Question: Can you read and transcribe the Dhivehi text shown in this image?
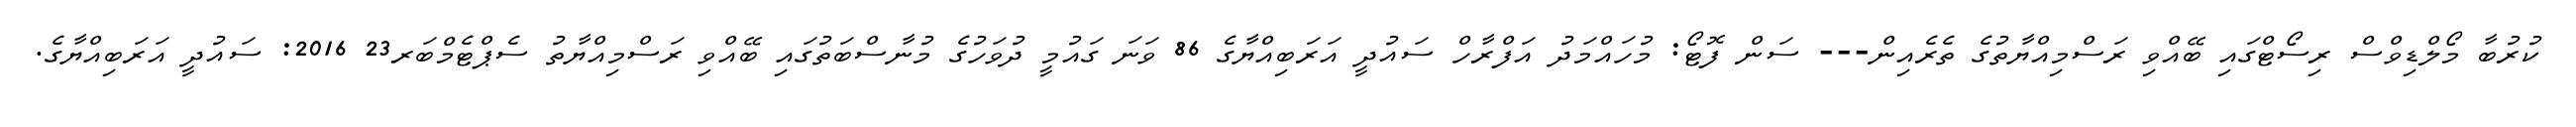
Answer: ކުރުބާ މޯލްޑިވްސް ރިސޯޓްގައި ބޭއްވި ރަސްމިއްޔާތުގެ ތެރެއިން--- ސަން ފޮޓޯ: މުހައްމަދު އަފްރާހް ސައުދީ އަރަބިއްޔާގެ 86 ވަނަ ގައުމީ ދުވަހުގެ މުނާސްބަތުގައި ބޭއްވި ރަސްމިއްޔާތު ސެޕްޓެމްބަރ23 2016: ސައުދީ އަރަބިއްޔާގެ.